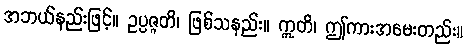
အဘယ်နည်းဖြင့်။ ဥပ္ပဇ္ဇတိ၊ ဖြစ်သနည်း။ ဣတိ၊ ဤကားအမေးတည်း။